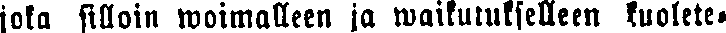
joka silloin woimalleen ja waikutukselleen kuolete-